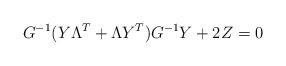
LaTeX: \begin{align*}G^{-1}(Y\Lambda^T + \Lambda Y^T)G^{-1}Y + 2Z = 0\end{align*}